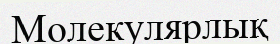
Молекулярлық